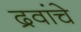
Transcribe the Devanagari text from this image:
द्रवांचे